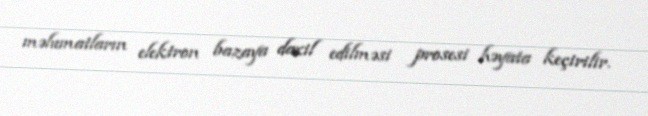
məlumatların elektron bazaya daxil edilməsi prosesi həyata keçirilir.